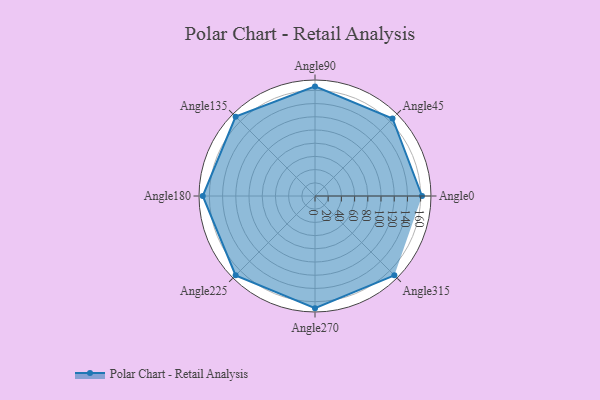
{"axis": {"x": "Angle", "y": "Radius"}, "legend": [""], "data": [{"x": "Angle0", "y": 162.0, "type": ""}, {"x": "Angle45", "y": 166.0, "type": ""}, {"x": "Angle90", "y": 166.0, "type": ""}, {"x": "Angle135", "y": 170, "type": ""}, {"x": "Angle180", "y": 170, "type": ""}, {"x": "Angle225", "y": 170, "type": ""}, {"x": "Angle270", "y": 170, "type": ""}, {"x": "Angle315", "y": 170, "type": ""}]}